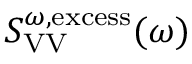
S _ { \mathrm { V V } } ^ { \omega , \mathrm { e x c e s s } } ( \omega )